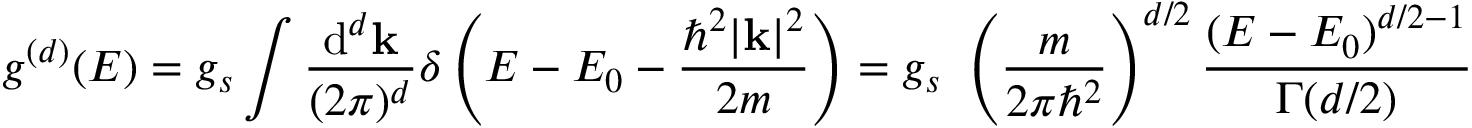
g ^ { ( d ) } ( E ) = g _ { s } \int { \frac { \mathrm { d } ^ { d } \mathbf { k } } { ( 2 \pi ) ^ { d } } } \delta \left( E - E _ { 0 } - { \frac { \hbar ^ { 2 } | \mathbf { k } | ^ { 2 } } { 2 m } } \right) = g _ { s } \ \left( { \frac { m } { 2 \pi \hbar ^ { 2 } } } \right) ^ { d / 2 } { \frac { ( E - E _ { 0 } ) ^ { d / 2 - 1 } } { \Gamma ( d / 2 ) } }